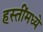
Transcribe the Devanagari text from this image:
हस्तींमध्ये